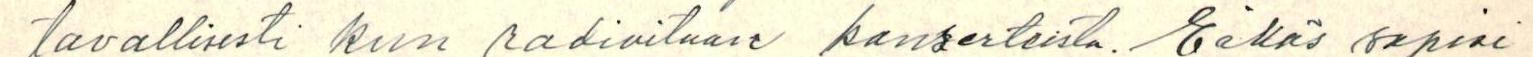
tavallisesti kun radioitaan  konserteista. Eikös sopisi